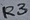
Text: R3